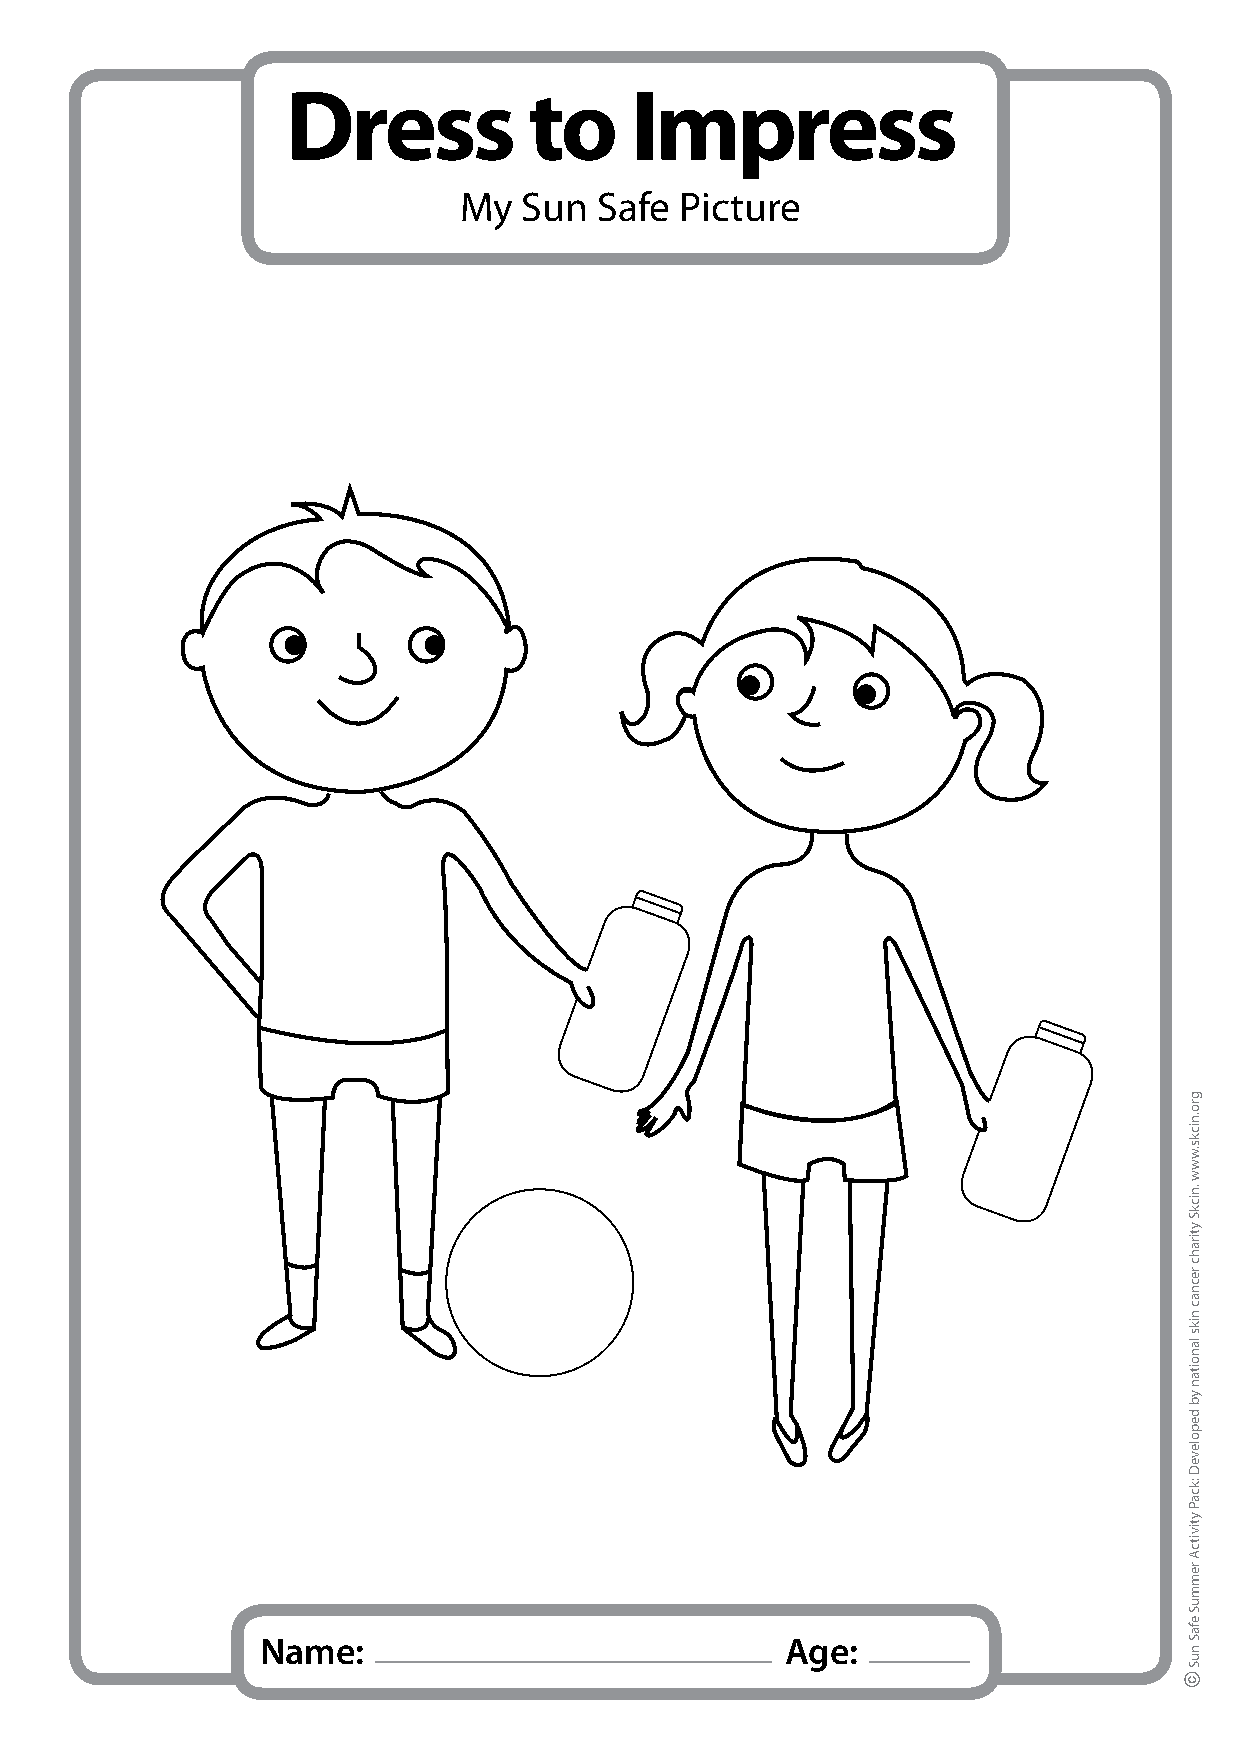
Dress           to     Impress
 My   Sun  Safe Picture
 Name:                              Age:
 gro.nicks.www
 .nickS
 ytirahc
 recnac
 niks
 lanoitan
 yb
 depoleveD
 :kcaP
 ytivitcA
 remmuS
 efaS
 nuS